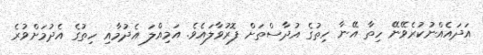
އަދައެއްނުކުރެވޭނޭ ހިތާ އޭނާ ހިތުގެ އުދާސްތަށް ފޮރުވާލައެވެ. އަމިއްލަ އެދުމާއި ހިތުގެ އެދުމަށްވުރެ